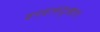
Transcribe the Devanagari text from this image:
वनवासदुःखतः।